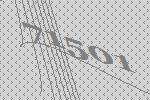
71501